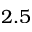
2 . 5